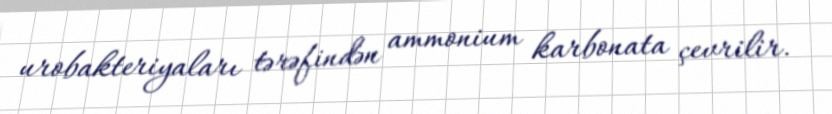
urobakteriyaları tərəfindən ammonium karbonata çevrilir.